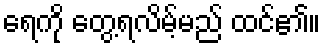
ရေကို တွေ့ရလိမ့်မည် ထင်၏။